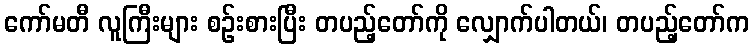
ကော်မတီ လူကြီးများ စဉ်းစားပြီး တပည့်တော်ကို လျှောက်ပါတယ်၊ တပည့်တော်က